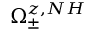
\Omega _ { \pm } ^ { z , N H }